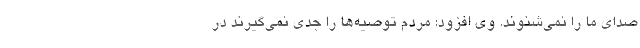
صدای ما را نمی‌شنوند. وی افزود: مردم توصیه‌ها را جدی نمی‌گیرند در